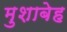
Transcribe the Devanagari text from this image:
मुशाबेह